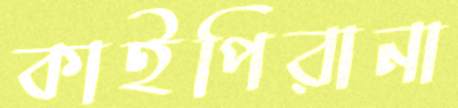
কাইপিরানা